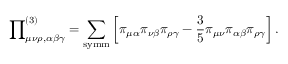
{ \prod } _ { \mu \nu \rho , \alpha \beta \gamma } ^ { ( 3 ) } = \sum _ { \mathrm { s y m m } } \left[ \pi _ { \mu \alpha } \pi _ { \nu \beta } \pi _ { \rho \gamma } - \frac { 3 } { 5 } \pi _ { \mu \nu } \pi _ { \alpha \beta } \pi _ { \rho \gamma } \right] .